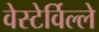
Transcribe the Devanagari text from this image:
वेस्टेर्विल्ले